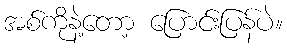
အစ်ကိုနဲ့တော့ ပြောင်းပြန်ပဲ။